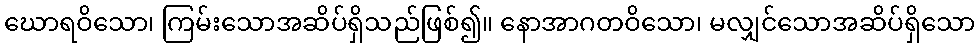
ဃောရဝိသော၊ ကြမ်းသောအဆိပ်ရှိသည်ဖြစ်၍။ နောအာဂတဝိသော၊ မလျှင်သောအဆိပ်ရှိသော